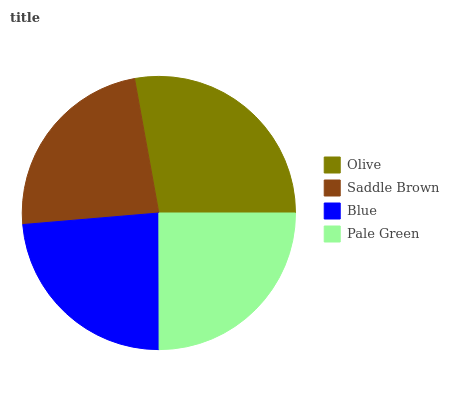
| Olive | Saddle Brown | Blue | Pale Green |
 | --- | --- | --- | --- |
 | 27.8% | 23.5% | 23.7% | 25% |